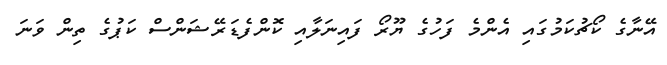
އޭނާގެ ކޯޗުކަމުގައި އެންމެ ފަހުގެ ޔޫރޯ ފައިނަލާއި ކޮންފެޑަރޭޝަންސް ކަޕުގެ ތިން ވަނަ